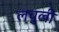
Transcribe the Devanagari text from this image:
लचुली